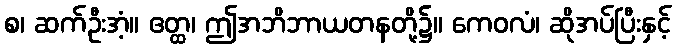
စ၊ ဆက်ဦးအံ့။ ဧတ္ထ၊ ဤအဘိဘာယတနတို့၌။ ကေဝလံ၊ ဆိုအပ်ပြီးနှင့်